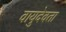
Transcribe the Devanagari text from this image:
वायुदेवता